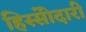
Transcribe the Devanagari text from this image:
हिस्सेोदारी